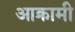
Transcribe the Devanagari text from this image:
आक्रामी